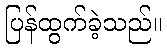
ပြန်ထွက်ခဲ့သည်။